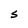
Character: S